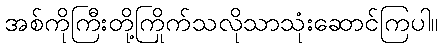
အစ်ကိုကြီးတို့ကြိုက်သလိုသာသုံးဆောင်ကြပါ။